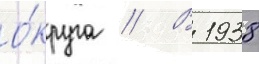
о́круга // В 1938